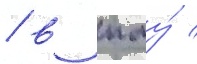
/ в пму́ /